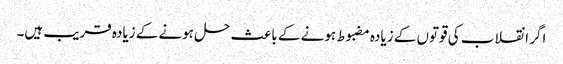
اگر انقلاب کی قوتوں کے زیادہ مضبوط ہونے کے باعث حل ہونے کے زیادہ قریب ہیں۔